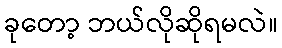
ခုတော့ ဘယ်လိုဆိုရမလဲ။